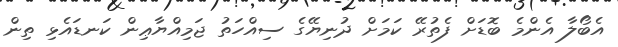
އެބޯލާ އެންމެ ބޮޑަށް ފެތުރޭ ކަމަށް ދުނިޔޭގެ ސިއްހަތު ޖަމިއްޔާޢިން ކަނޑައެޅި ތިން